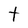
Character: t